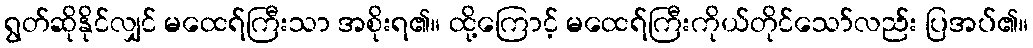
ရွတ်ဆိုနိုင်လျှင် မထေရ်ကြီးသာ အစိုးရ၏။ ထို့ကြောင့် မထေရ်ကြီးကိုယ်တိုင်သော်လည်း ပြအပ်၏။